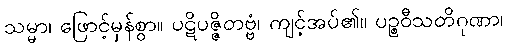
သမ္မာ၊ ဖြောင့်မှန်စွာ။ ပဋိပဇ္ဇိတဗ္ဗံ၊ ကျင့်အပ်၏။ ပဉ္စဝီသတိဂုဏာ၊